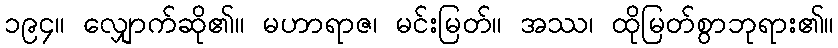
၁၉၄။ လျှောက်ဆို၏။ မဟာရာဇ၊ မင်းမြတ်။ အဿ၊ ထိုမြတ်စွာဘုရား၏။